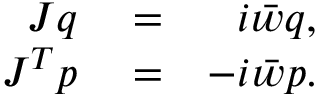
\begin{array} { r l r } { J q } & { { } = } & { i \bar { w } q , } \\ { J ^ { T } p } & { { } = } & { - i \bar { w } p . } \end{array}